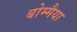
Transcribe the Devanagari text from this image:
बोम्मैया